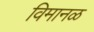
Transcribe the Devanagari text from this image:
विमानळ